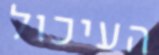
העיכול